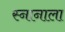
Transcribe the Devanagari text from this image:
स्नानाला